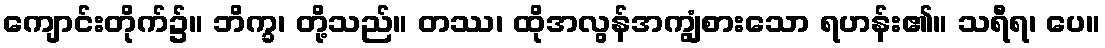
ကျောင်းတိုက်၌။ ဘိက္ခ၊ တို့သည်။ တဿ၊ ထိုအလွန်အကျွံစားသော ရဟန်း၏။ သရီရ၊ ပေ။